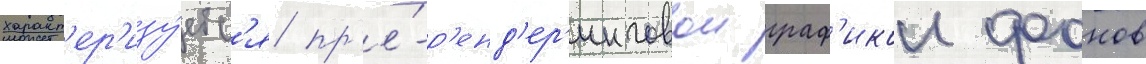
характ'ер'изу́етс'я пр'е́-р'енд'ер'инговои граф'икои фонов